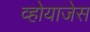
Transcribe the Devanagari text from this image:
व्होयाजेस